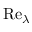
\mathrm { R e } _ { \lambda }